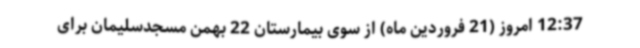
12:37 امروز (21 فروردین ماه) از سوی بیمارستان 22 بهمن مسجدسلیمان برای